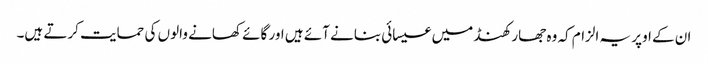
ان کے اوپر یہ الزام کہ وہ جھارکھنڈ میں عیسائی بنانے آئے ہیں اور گائے کھانے والوں کی حمایت کرتے ہیں۔